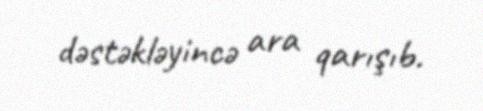
dəstəkləyincə ara qarışıb.